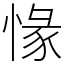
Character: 㥟